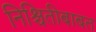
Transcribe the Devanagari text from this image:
निश्चितीबाबत